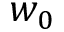
w _ { 0 }